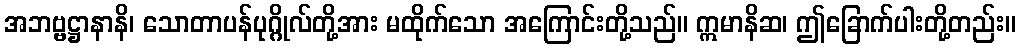
အဘဗ္ဗဋ္ဌာနာနိ၊ သောတာပန်ပုဂ္ဂိုလ်တို့အား မထိုက်သော အကြောင်းတို့သည်။ ဣမာနိဆ၊ ဤခြောက်ပါးတို့တည်း။